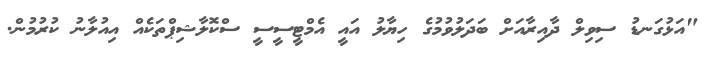
"އަޅުގަނޑު ސިވިލް ދާއިރާއަށް ބަދަލުވުމުގެ ހިޔާލު އައީ އެމްޓީސީސީ ސްކޮލާޝިޕްތަކެއް އިއުލާނު ކުރުމުން.